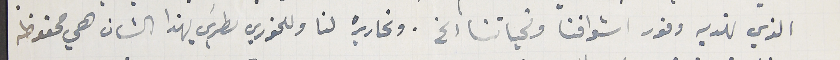
الذي نهديه وفور اشواقنا وتحياتنا الخ. وتحاريره لنا وللخوري بطرسَ بهذا الشان هي محفوظه